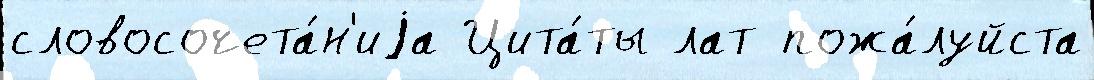
словосочета́н'иjа Цита́ты лат пожа́луйста